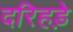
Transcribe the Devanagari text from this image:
दरिहड़े